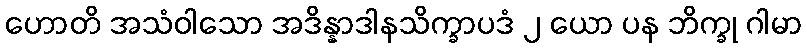
ဟောတိ အသံဝါသော အဒိန္နာဒါနသိက္ခာပဒံ ၂ ယော ပန ဘိက္ခု ဂါမာ